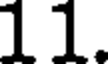
11.